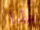
هذا